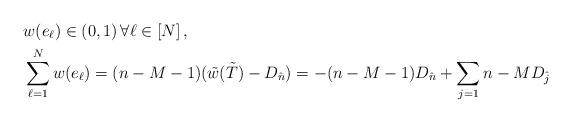
LaTeX: \begin{align*} & w(e_\ell ) \in (0,1)\, \forall \ell \in [N] \,, \\ &\sum_{\ell = 1}^N w(e_\ell) = (n-M-1) (\tilde w( \tilde T) - D_{\hat n}) = -(n-M-1)D_{\hat n} + \sum_{j=1}{n-M} D_{\hat j} \end{align*}